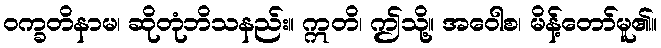
ဝက္ခတိနာမ၊ ဆိုတုံဘိသနည်း။ ဣတိ၊ ဤသို့။ အဝေါစ၊ မိန့်တော်မူ၏။